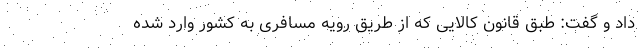
داد و گفت: طبق قانون کالایی که از طریق رویه مسافری به کشور وارد شده